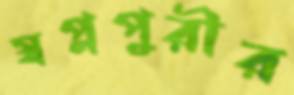
স্বপ্নপুরীর